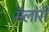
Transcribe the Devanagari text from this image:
मॅलोरी